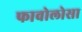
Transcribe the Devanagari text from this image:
फावोलोसा